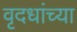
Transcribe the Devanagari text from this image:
वृदधांच्या